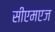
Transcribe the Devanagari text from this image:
सीएमएज